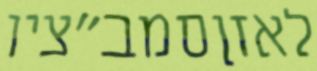
לאזןסמב"ציו